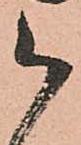
被